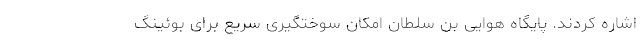
اشاره کردند. پایگاه هوایی بن سلطان امکان سوختگیری سریع برای بوئینگ